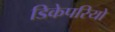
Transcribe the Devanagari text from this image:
डिकेपरियो